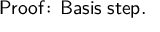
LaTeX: \mathsf { P r o o f \! : \, B a s i s \; s t e p . }